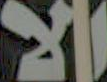
الا